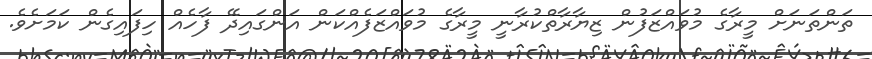
ތަންތަނަށް މީރާގެ މުވައްޒަފުން ޒިޔާރާތްކުރާނީ މީރާގެ މުވައްޒަފެއްކަން އަންގައިދޭ ފާހެއް ހިފައިގެން ކަމަށެވެ.